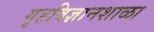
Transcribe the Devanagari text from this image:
गृहविज्ञानशाळा